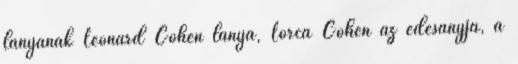
lányának Leonard Cohen lánya, Lorca Cohen az édesanyja, a